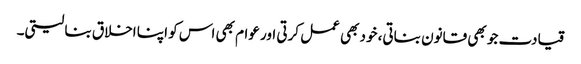
قیادت جو بھی قانون بناتی، خود بھی عمل کرتی اور عوام بھی اس کو اپنا اخلاق بنا لیتی۔